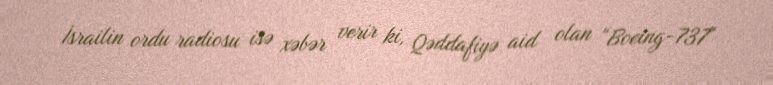
İsrailin ordu radiosu isə xəbər verir ki, Qəddafiyə aid olan “Boeing-737"